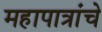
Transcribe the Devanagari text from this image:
महापात्रांचे